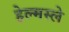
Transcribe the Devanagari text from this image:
हेल्मस्ले